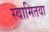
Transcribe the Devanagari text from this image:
स्वामितवा